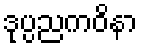
ဒုပ္ပညကဝိနာ